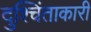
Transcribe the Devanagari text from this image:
दुश्चिंताकारी